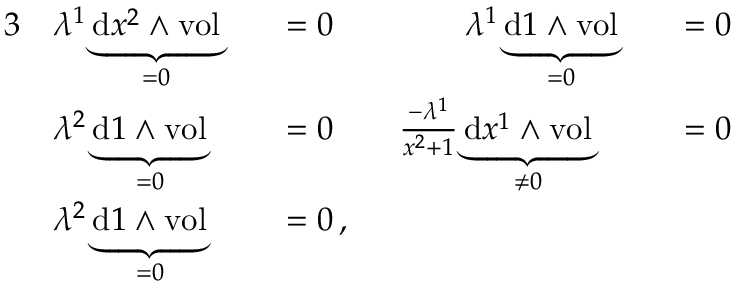
\begin{array} { r l r l r l } { { 3 } } & { \lambda ^ { 1 } \underbrace { \mathrm { d } x ^ { 2 } \wedge \mathrm { v o l } } _ { = 0 } } & & { = 0 \qquad \qquad \lambda ^ { 1 } \underbrace { \mathrm { d } 1 \wedge \mathrm { v o l } } _ { = 0 } } & & { = 0 } \\ & { \lambda ^ { 2 } \underbrace { \mathrm { d } 1 \wedge \mathrm { v o l } } _ { = 0 } } & & { = 0 \qquad \frac { - \lambda ^ { 1 } } { x ^ { 2 } + 1 } \underbrace { \mathrm { d } x ^ { 1 } \wedge \mathrm { v o l } } _ { \neq 0 } } & & { = 0 } \\ & { \lambda ^ { 2 } \underbrace { \mathrm { d } 1 \wedge \mathrm { v o l } } _ { = 0 } } & & { = 0 \, , } \end{array}